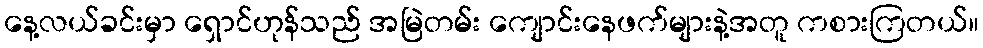
နေ့လယ်ခင်းမှာ ရှောင်ဟုန်သည် အမြဲတမ်း ကျောင်းနေဖက်များနဲ့အတူ ကစားကြတယ်။